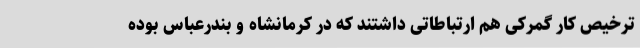
ترخیص کار گمرکی هم ارتباطاتی داشتند که در کرمانشاه و بندرعباس بوده